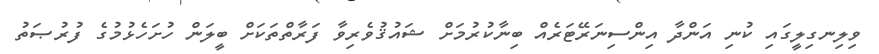
ވިލިނގިލީގައި ކުނި އަންދާ އިންސިނަރޭޓަރެއް ބިނާކުރުމަށް ޝައުޤުވެރިވާ ފަރާތްތަކަށް ބީލަން ހުށަހެޅުމުގެ ފުރުޞަތު